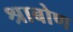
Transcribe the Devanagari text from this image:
श्राबोण